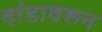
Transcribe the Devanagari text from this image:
दांडावरून